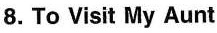
8.To Visit My Aunt